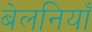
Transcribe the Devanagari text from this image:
बेलनियाँ